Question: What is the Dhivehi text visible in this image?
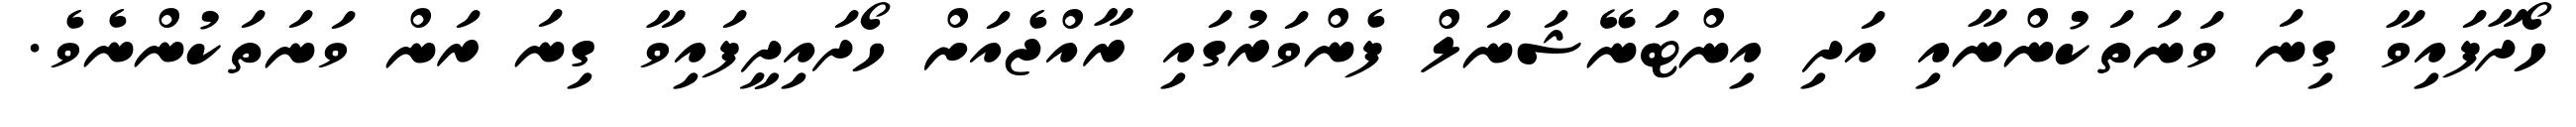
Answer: ހޯދާފައިވާ ގިނަ ވަނަތަކުންނާއި އަދި އިންޓަނޭޝަނަލް ފެންވަރުގައި ރާއްޖެއަށް ހޯދައިދީފައިވާ ގިނަ ރަން ވަނަތަކުންނެވެ.